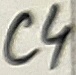
Text: C4